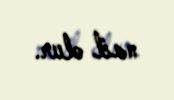
nail olur.